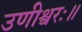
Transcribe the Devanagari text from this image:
उणीश्वरः॥